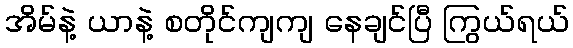
အိမ်နဲ့ ယာနဲ့ စတိုင်ကျကျ နေချင်ပြီ ကြွယ်ရယ်